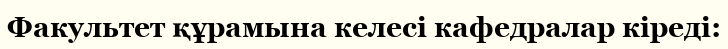
Факультет құрамына келесі кафедралар кіреді: